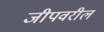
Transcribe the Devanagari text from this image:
जीपवरील